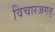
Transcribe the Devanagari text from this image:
विचारजगत्